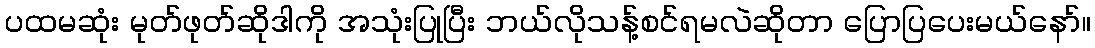
ပထမဆုံး မုတ်ဖုတ်ဆိုဒါကို အသုံးပြုပြီး ဘယ်လိုသန့်စင်ရမလဲဆိုတာ ပြောပြပေးမယ်နော်။